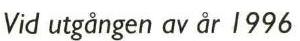
Vid utgången av år 1996